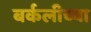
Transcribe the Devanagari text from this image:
बर्कलीच्या